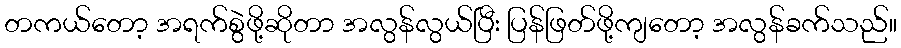
တကယ်တော့ အရက်စွဲဖို့ဆိုတာ အလွန်လွယ်ပြီး ပြန်ဖြတ်ဖို့ကျတော့ အလွန်ခက်သည်။